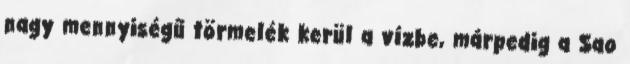
nagy mennyiségű törmelék kerül a vízbe, márpedig a Sao